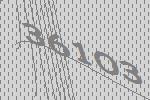
36103